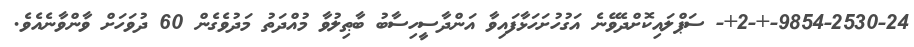
9854-2530-24-+-2+- ސަޕްލައިކޮށްދެވޭނެ އަގުހުށަހަޅާފައިވާ އަންދާސީހިސާބު ބާޠިލުވާ މުއްދަތު މަދުވެގެން 60 ދުވަހަށް ވާންވާނެއެވެ.